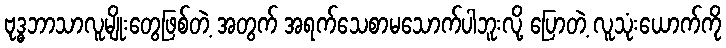
ဗုဒ္ဓဘာသာလူမျိုးတွေဖြစ်တဲ့ အတွက် အရက်သေစာမသောက်ပါဘူးလို့ ပြောတဲ့ လူသုံးယောက်ကို